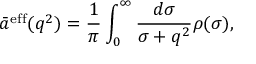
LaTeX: \bar { a } ^ { \mathrm { e f f } } ( q ^ { 2 } ) = { \frac { 1 } { \pi } } \int _ { 0 } ^ { \infty } { \frac { d \sigma } { \sigma + q ^ { 2 } } } \rho ( \sigma ) ,